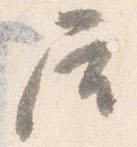
屋